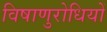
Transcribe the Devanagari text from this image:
विषाणुरोधियों